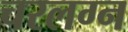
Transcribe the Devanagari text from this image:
चरलग्न